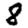
Digit: 8